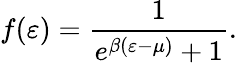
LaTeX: f(\varepsilon)=\frac{1}{e^{\beta(\varepsilon-\mu)}+1}.